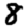
Digit: 8